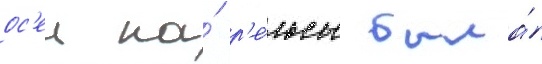
ос'еи на́ р'е́льсы была́